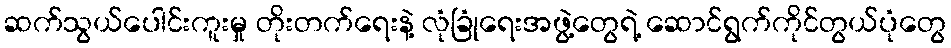
ဆက်သွယ်ပေါင်းကူးမှု တိုးတက်ရေးနဲ့ လုံခြုံရေးအဖွဲ့တွေရဲ့ ဆောင်ရွက်ကိုင်တွယ်ပုံတွေ